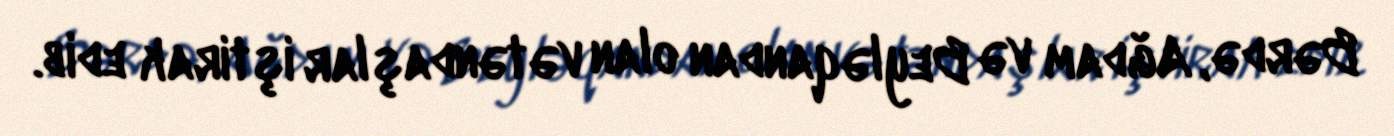
Bərdə, Ağdam və Beyləqandan olan vətəndaşlar iştirak edib.